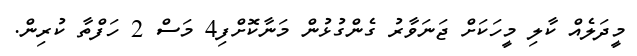
މީދަލެއް ކާލި މީހަކަށް ޖަނަވާރު ގެންގުޅުން މަނާކޮށްފި4 މަސް 2 ހަފްތާ ކުރިން.